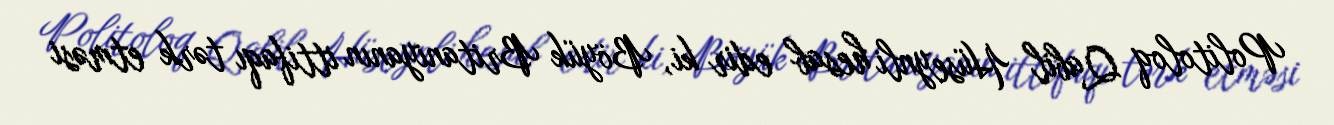
Politoloq Qabil Hüseynli hesab edir ki, Böyük Britaniyanın ittifaqı tərk etməsi